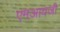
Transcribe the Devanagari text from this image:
एमआयजी